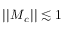
| | \boldsymbol { M } _ { c } | | \lesssim 1